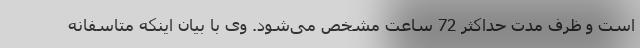
است و ظرف مدت حداکثر 72 ساعت مشخص می‌شود. وی با بیان اینکه متاسفانه